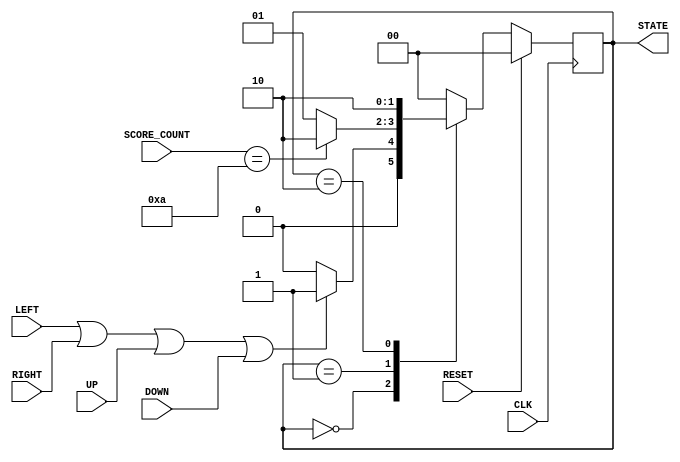
`timescale 1ns / 1ps
//////////////////////////////////////////////////////////////////////////////////
// Company: 
// Engineer: 
// 
// Design Name: 
// Module Name: master_sm
// Project Name: 
// Target Devices: 
// Tool Versions: 
// Description: 
// 
// Dependencies: 
// 
// Revision:
// Revision 0.01 - File Created
// Additional Comments:
// 
//////////////////////////////////////////////////////////////////////////////////


module master_sm(
    input CLK,
    input RESET,
    input LEFT,
    input RIGHT,
    input UP,
    input DOWN,
    input [3:0] SCORE_COUNT,
    output [1:0] STATE
    );
    
    // Define parameter definitions for the states
        localparam [1:0] IDLE = 2'd0;
        localparam [1:0] PLAY = 2'd1;
        localparam [1:0] WIN  = 2'd2;
        
        
    // Declare current and next state variables
        reg [1:0] state_r, state_nxt;
        
    // Sequential block
        always@ (posedge CLK)
            begin: seq_pros
                if (RESET == 1'b1)
                    state_r <= IDLE;
                else    
                    state_r <= state_nxt; 
            end
            
    // Combinatorial block
        always@*
            begin: logic_pros
                
                case(state_r)
                    
                    IDLE:    
                    state_nxt = (LEFT == 1'b1 || RIGHT == 1'b1 ||
                                 UP   == 1'b1 || DOWN  == 1'b1)
                                 ? PLAY : IDLE;
                                        
                    PLAY:    
                    state_nxt = (SCORE_COUNT == 4'b1010) ? WIN : PLAY;
                    
                    WIN:     
                    state_nxt = WIN;
                    
                    default: 
                    state_nxt = IDLE;
                
                endcase
                
            end
            
        assign STATE = state_r;
    
endmodule